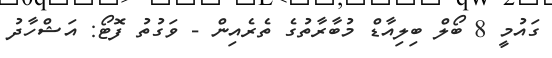
ގައުމީ 8 ބޯލް ބިލިއާޑް މުބާރާތުގެ ތެރެއިން - ވަގުތު ފޮޓޯ: އަޝްހާދު